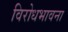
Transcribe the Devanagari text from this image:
विरोधभावना